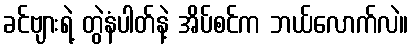
ခင်ဗျားရဲ့ တွဲနံပါတ်နဲ့ အိပ်စင်က ဘယ်လောက်လဲ။